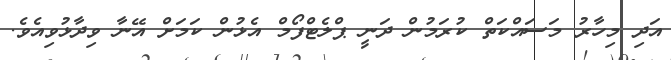
އަދި މިހާރު މަސައްކަތް ކުރަމުން ދަނީ ޕްލެޓްފޯމް އެޅުން ކަމަށް އޭނާ ވިދާޅުވިއެވެ.